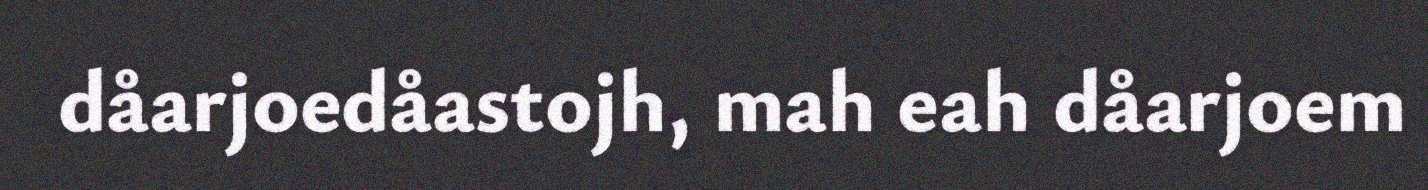
dåarjoedåastojh, mah eah dåarjoem